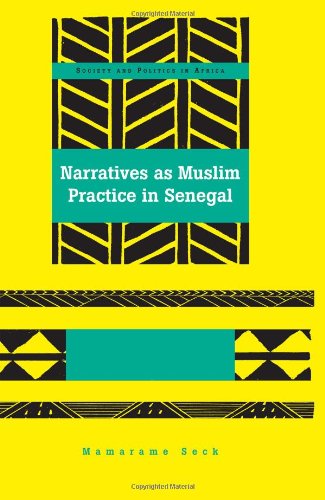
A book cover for Narratives as Muslim Practice in Senegal (Society and Politics in Africa); Mamarame Seck; Religion & Spirituality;